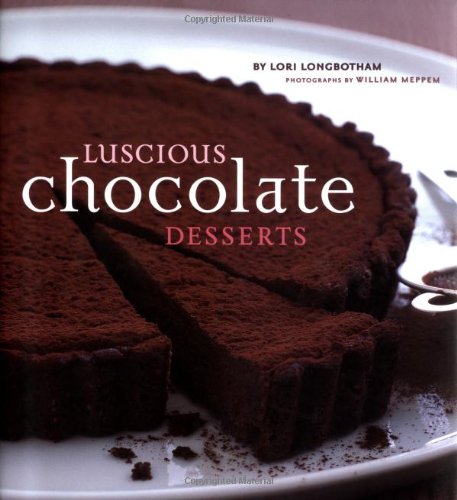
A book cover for Luscious Chocolate Desserts; Lori Longbotham; Cookbooks, Food & Wine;